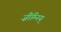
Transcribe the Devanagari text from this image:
ज़ीम्निय्